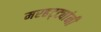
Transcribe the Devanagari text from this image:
मरहट्ट्यांनी